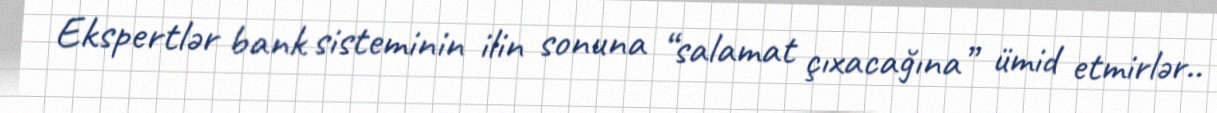
Ekspertlər bank sisteminin ilin sonuna “salamat çıxacağına” ümid etmirlər..